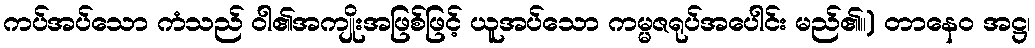
ကပ်အပ်သော ကံသည် ဝါ၏အကျိုးအဖြစ်ဖြင့် ယူအပ်သော ကမ္မဇရုပ်အပေါင်း မည်၏။) တာနေဝ အဋ္ဌ၊